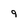
Character: g